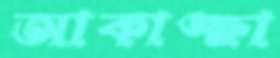
আকাঙ্ক্ষা